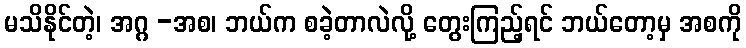
မသိနိုင်တဲ့၊ အဂ္ဂ -အစ၊ ဘယ်က စခဲ့တာလဲလို့ တွေးကြည့်ရင် ဘယ်တော့မှ အစကို